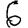
Digit: 6